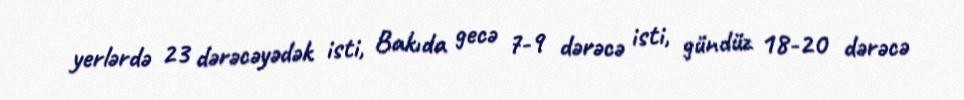
yerlərdə 23 dərəcəyədək isti, Bakıda gecə 7-9 dərəcə isti, gündüz 18-20 dərəcə